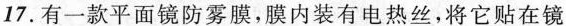
17.有一款平面镜防雾膜，膜内装有电热丝，将它贴在镜